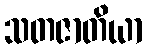
သတဇာတိယာ